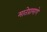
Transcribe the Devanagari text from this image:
मातेप्रामाणे